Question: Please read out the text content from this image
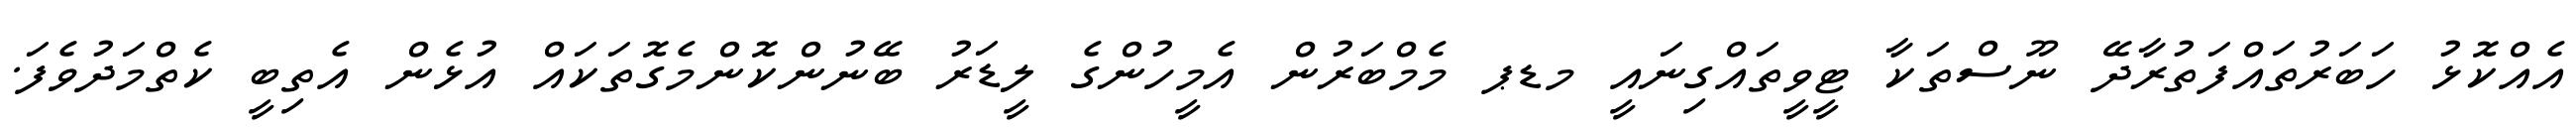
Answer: އެއްކޮޅު ހަބަރުތައްފަތުރާދޭ ނޫސްތަކާ ޓީވީތައްގިނައީ މޑޕ މެމްބަރުން އެމީހުންގެ ލީޑަރު ބޭނުންކޮންމެގޮތަކައް އުޅެން އެތިބީ ކެތްމަދުވެފަ.